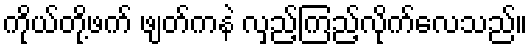
ကိုယ်တို့ဖက် ဖျတ်ကနဲ လှည့်ကြည့်လိုက်လေသည်။